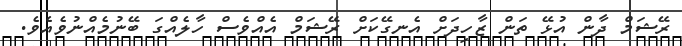
ރޭޝަމް ދާން އުޅޭ ތަން ޒާހިދަށް އެނގޭކަށް ރޭޝަމް އެއްވެސް ހާލެއްގަ ބޭނުމެއްނުވެއެވެ.